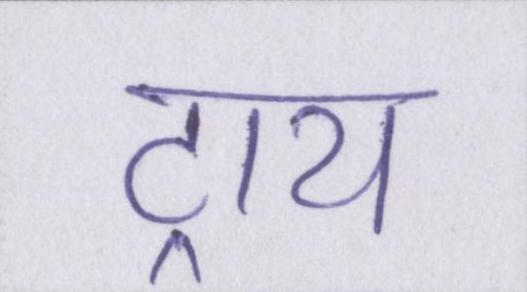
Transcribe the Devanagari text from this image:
ट्राय